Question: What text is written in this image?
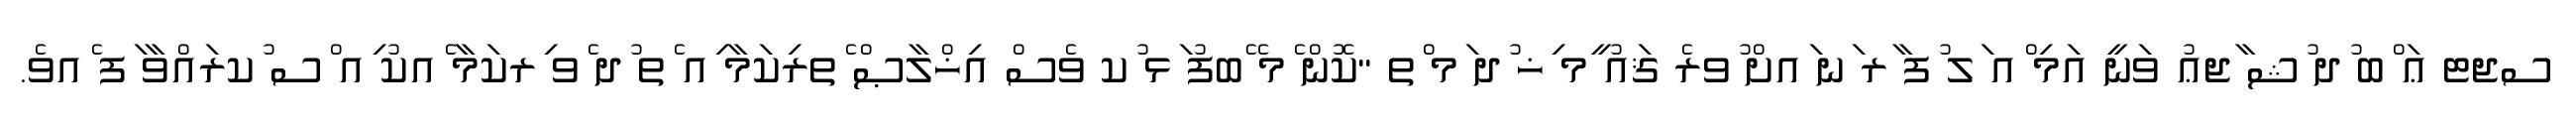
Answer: ސޖޓ ޢަ ްބ ުދ ުޝ ާޖޢު ވަނީ އަމި ްއ ަލ ުފ ާރ ަނ ައށް ުވރެ ޤައު ީމ ިޚ ުދ ަމ ްތ "ކޮން ެމ ޭބފު ަޅ ުކ ވެސް އިޚްލާޞް ެތރިކަމާ ިއ ެތ ުދ ެވ ިރކަމާ ެއކު ިއ ްސ ުކރައްވާ ަފ ެއވެ.